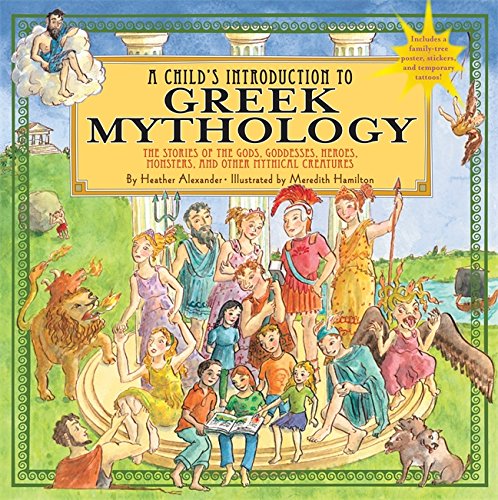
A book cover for Child's Introduction to Greek Mythology: The Stories of the Gods, Goddesses, Heroes, Monsters, and Other Mythical Creatures; Heather Alexander; Children's Books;